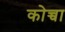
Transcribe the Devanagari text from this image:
कोच्चा